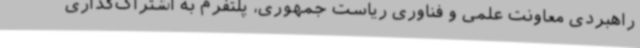
راهبردی معاونت علمی و فناوری ریاست جمهوری، پلتفرم به اشتراک‌گذاری